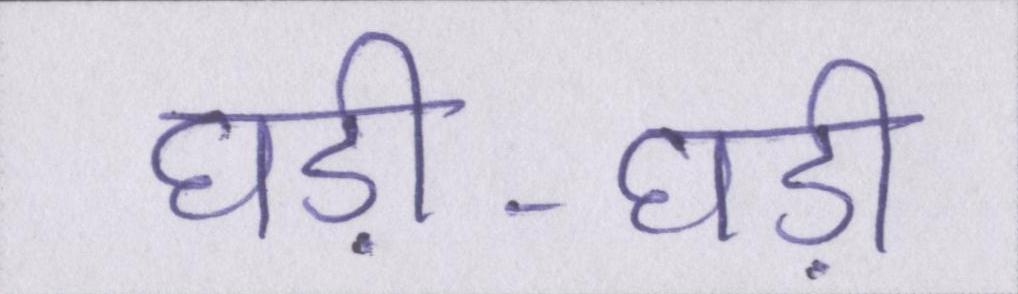
घड़ी-घड़ी